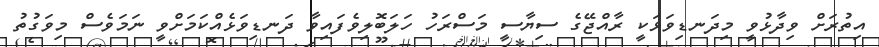
އިތުރަށް ވިދާޅުވީ މިދަނޑިވަޅަކީ ރާއްޖޭގެ ސިޔާސީ މަސްރަހު ހަލަބޮލިވެފައިވާ ދަނޑިވަޅެއްކަމަށްވީ ނަމަވެސް މިވަގުތު